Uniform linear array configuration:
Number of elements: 32
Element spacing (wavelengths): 0.5
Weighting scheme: kaiser
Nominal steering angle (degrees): -15
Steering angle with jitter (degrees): -14.857
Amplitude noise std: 0.05
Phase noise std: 0.05

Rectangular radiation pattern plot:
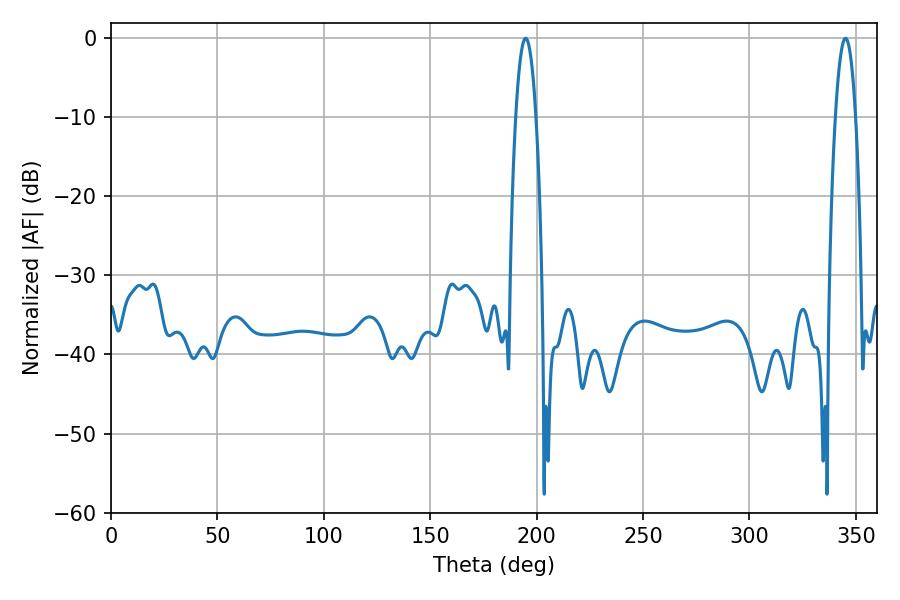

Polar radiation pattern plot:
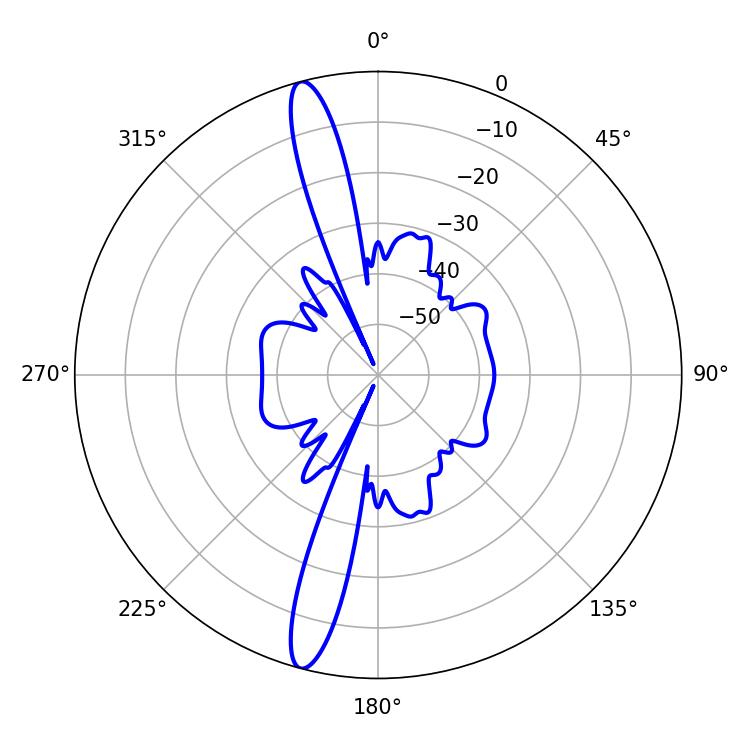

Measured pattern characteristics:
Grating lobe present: FALSE
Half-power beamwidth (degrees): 5.22
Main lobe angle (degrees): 194.76